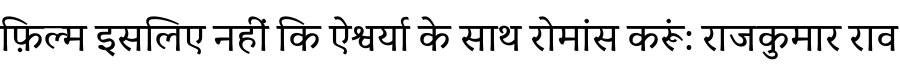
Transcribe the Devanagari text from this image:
फ़िल्म इसलिए नहीं कि ऐश्वर्या के साथ रोमांस करूं: राजकुमार राव